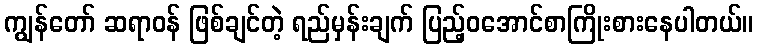
ကျွန်တော် ဆရာဝန် ဖြစ်ချင်တဲ့ ရည်မှန်းချက် ပြည့်ဝအောင်စာကြိုးစားနေပါတယ်။